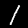
Digit: 1